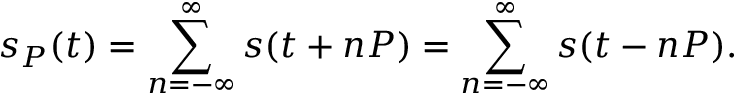
s _ { P } ( t ) = \sum _ { n = - \infty } ^ { \infty } s ( t + n P ) = \sum _ { n = - \infty } ^ { \infty } s ( t - n P ) .